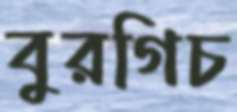
বুরগিচ